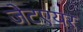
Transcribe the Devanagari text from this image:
जेटएयर